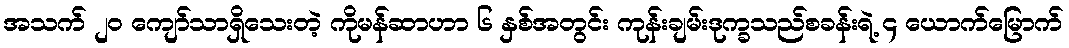
အသက် ၂၀ ကျော်သာရှိသေးတဲ့ ကိုမန်ဆာဟာ ၆ နှစ်အတွင်း ကုန်းချမ်းဒုက္ခသည်စခန်းရဲ့ ၄ ယောက်မြောက်